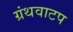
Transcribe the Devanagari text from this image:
ग्रंथवाटप